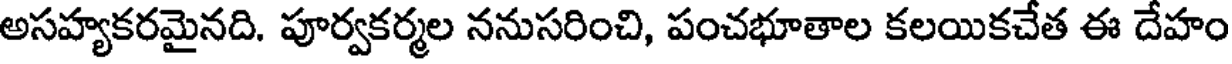
అసహ్యకరమైనది. పూర్వకర్మల ననుసరించి, పంచభూతాల కలయికచేత ఈ దేహం